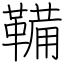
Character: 鞴